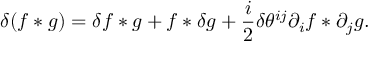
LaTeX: \delta ( f \ast g ) = \delta f \ast g + f \ast \delta g + \frac { i } { 2 } \delta \theta ^ { i j } \partial _ { i } f \ast \partial _ { j } g .